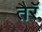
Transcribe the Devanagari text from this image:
तैरॅ